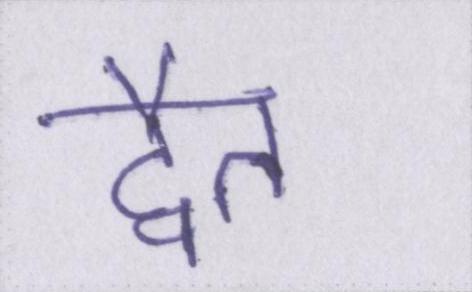
द्वैत